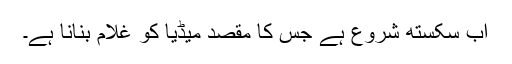
اب سکستھ شروع ہے جس کا مقصد میڈیا کو غلام بنانا ہے۔